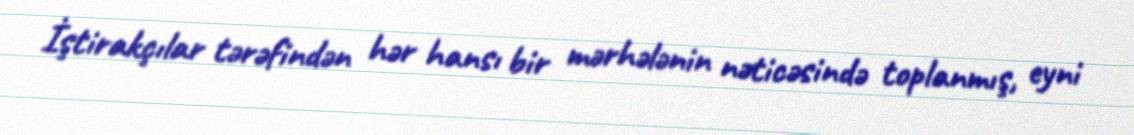
İştirakçılar tərəfindən hər hansı bir mərhələnin nəticəsində toplanmış, eyni